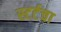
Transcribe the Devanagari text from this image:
स्टर्टचा